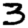
Digit: 3